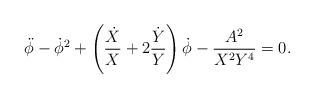
LaTeX: \begin{align*}\ddot \phi -\dot \phi ^2+\left( \frac{\dot X}X+2\frac{\dot Y}Y\right) \dot \phi -\frac{A^2}{X^2Y^4}=0.\end{align*}